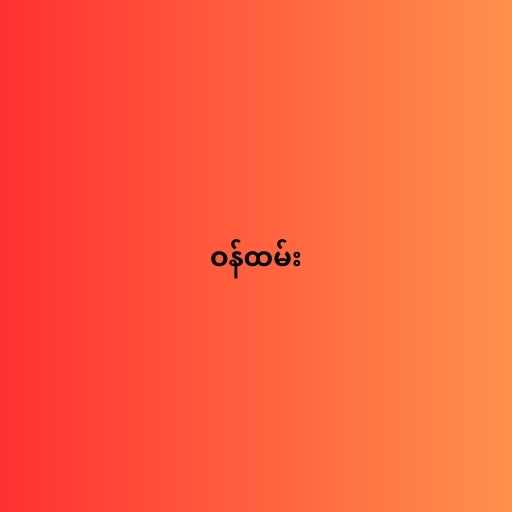
ဝန်ထမ်း